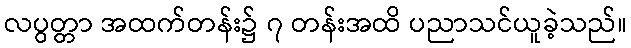
လပွတ္တာ အထက်တန်း၌ ၇ တန်းအထိ ပညာသင်ယူခဲ့သည်။